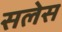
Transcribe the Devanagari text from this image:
सलेस